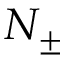
N _ { \pm }